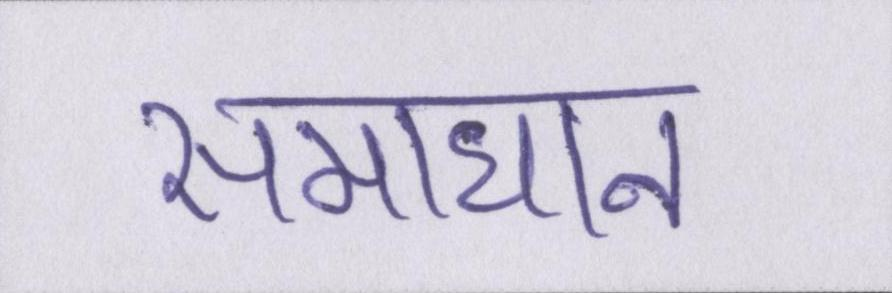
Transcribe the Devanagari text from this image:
समाधान